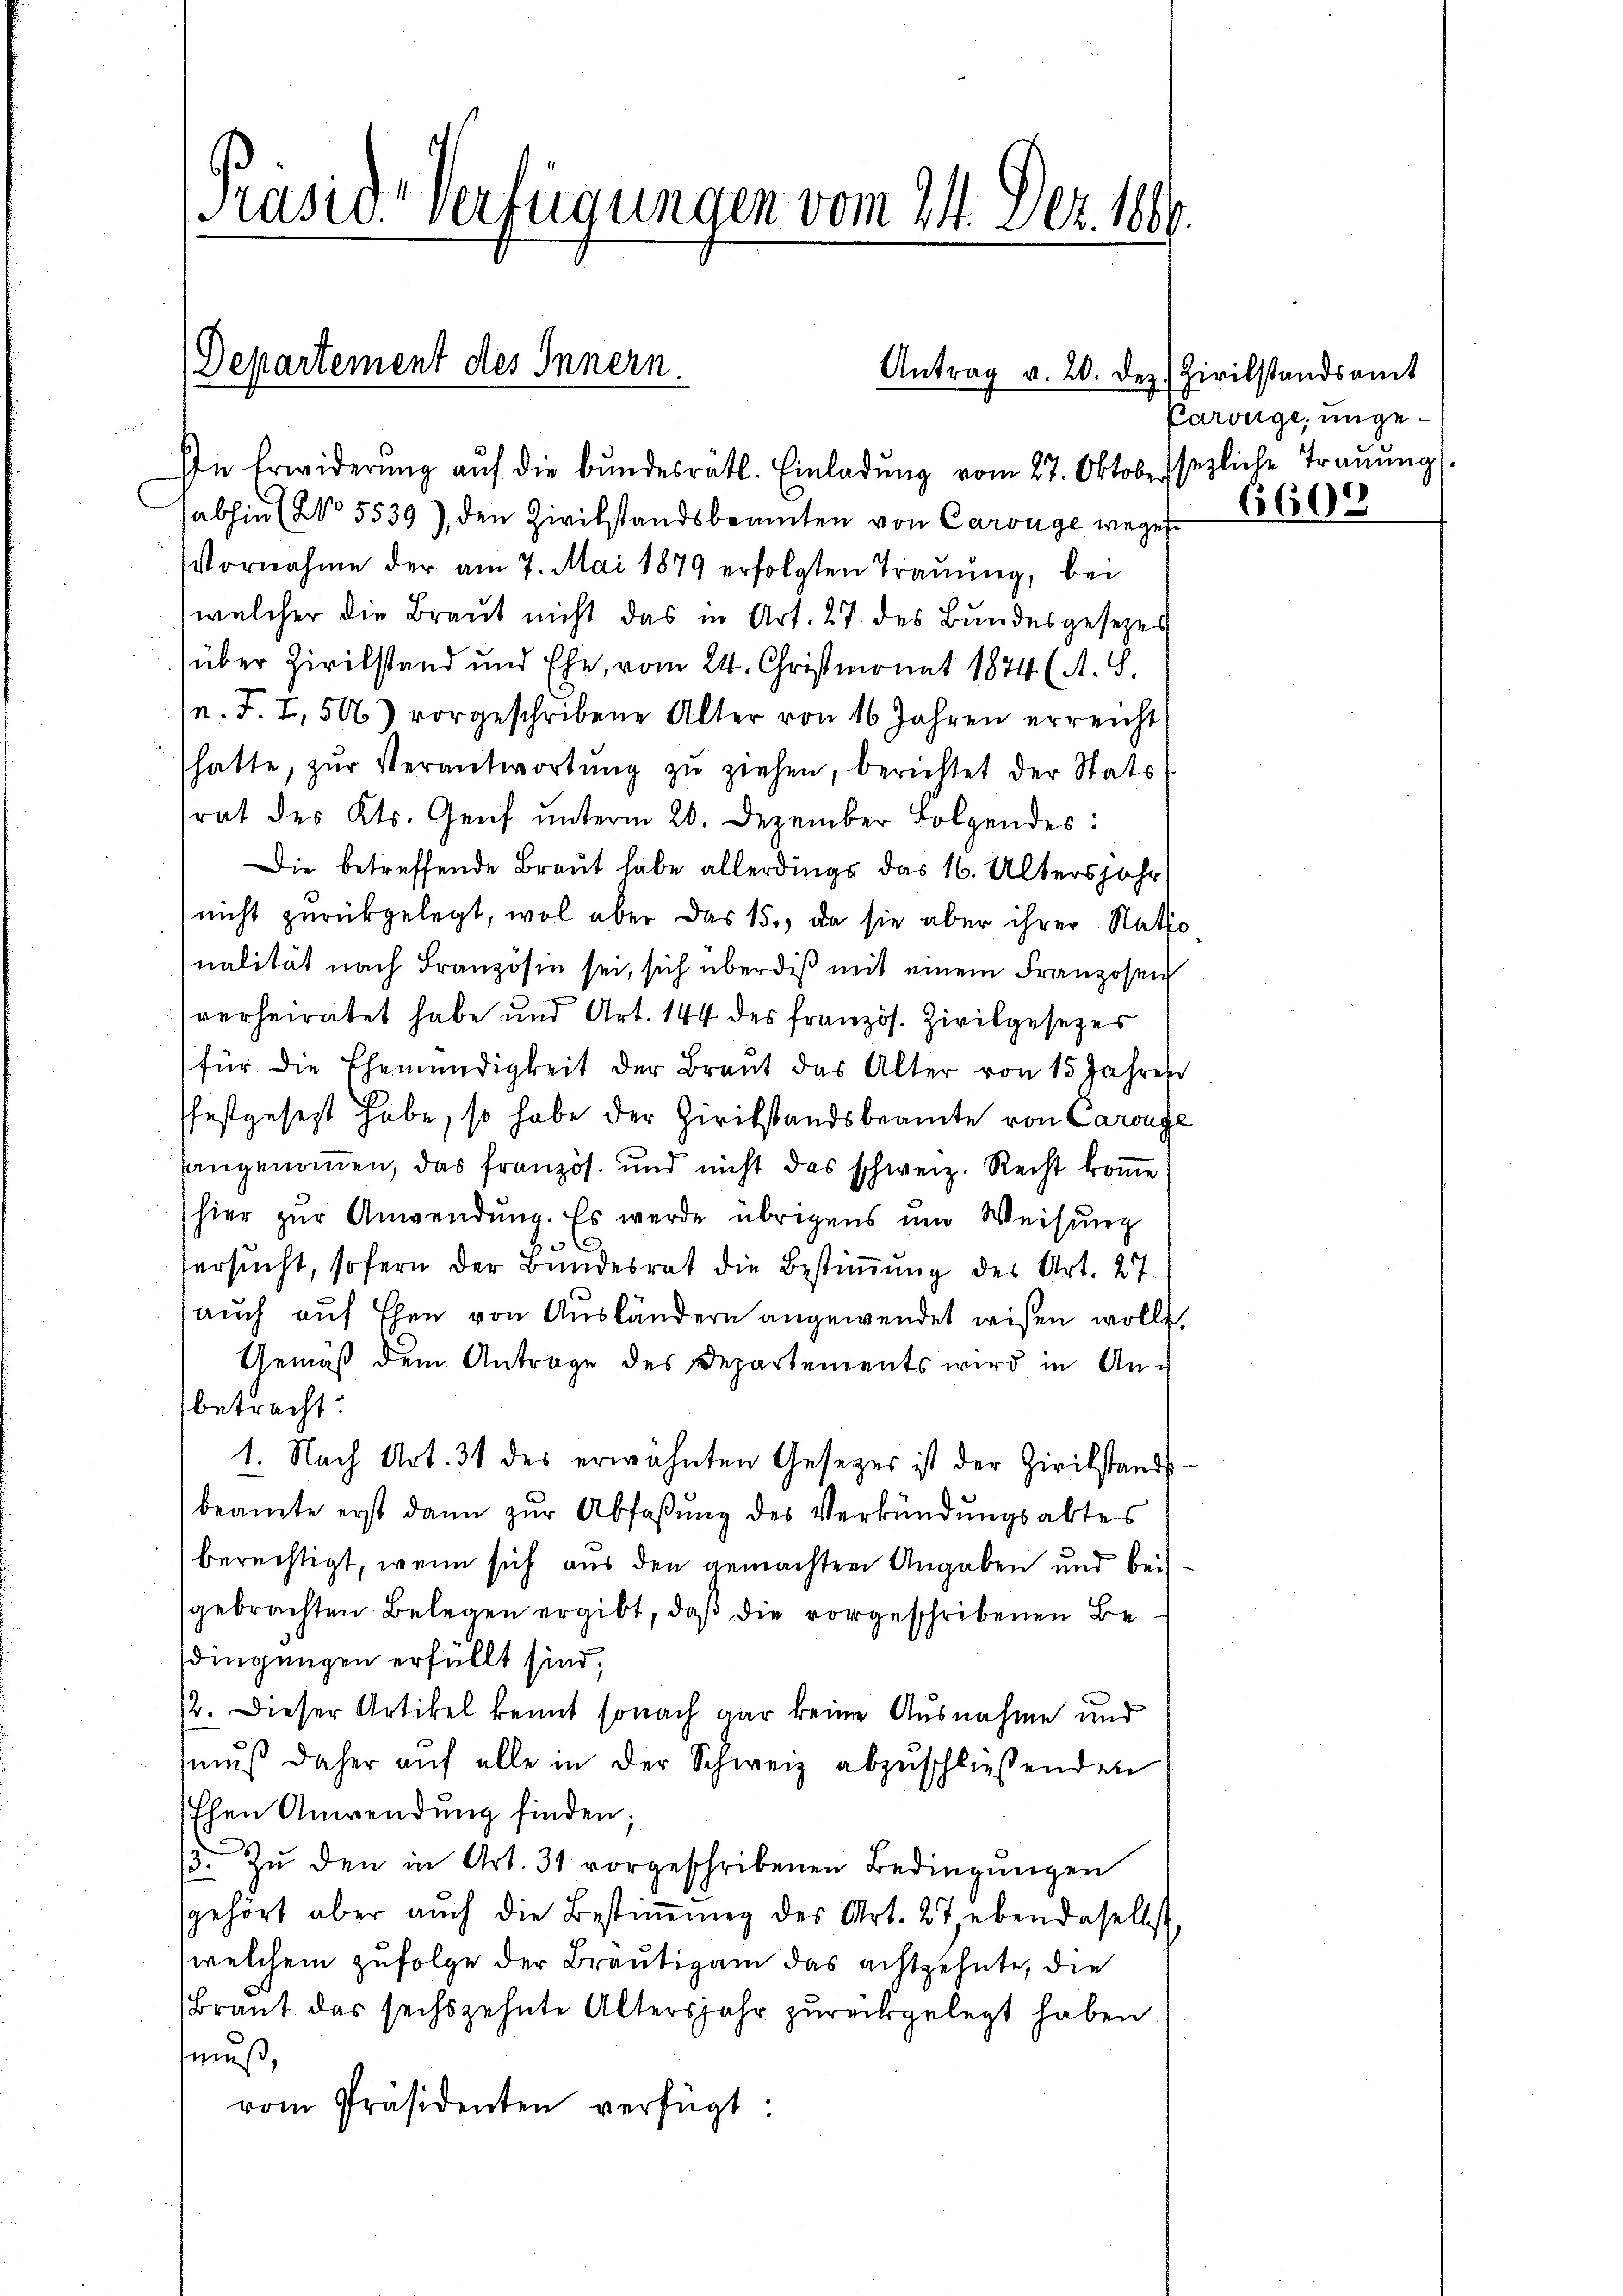
Präsid-Verfügungen vom 24. Dez. 1889.

Departement des Innern.

Antrag v. 20. Dez. Zivilstandsamt

In Erwiderŭng aŭf die bŭndesrätl. Einladŭng vom 27. Oktober sezliche Trauung
abhin (No 5539), den Zivilstandsbeamten von Carouge wegese
Vornahme der am 7. Mai 1879 erfolgten Trauung, bei
welcher die Braut nicht das in Art. 27 des Bŭndesgesezes
über Zivilstand und Ehe, vom 24. Christmonat 1874 (A. S.
n. F. I, 50) vorgeschribene Alter von 16 Jahren erreicht
hatte, zŭr Verantwortŭng zŭ ziehen, berichtet der Stats
rat des Kts. Genf unterm 20. Dezember Folgendes:
Die betreffende Braut habe allerdings das 16. Altersjahr
nicht zurückgelegt, wol aber das 15., da sie aber ihrer Natio
nalität nach Französin sei, sich über dis mit einem Franzosen
verheiratet habe und Art. 144 des französ. Zivilgesetzes
für die Ehemündigkeit der Braut das Alter von 15 Jahres
festgesetzt habe, so habe der Zivilstandsbeamte von Carouge
hangenommen, das französ. und nicht des schweiz. Recht kome
hier zur Anwendung. Es werde übrigens um Weisung
Versucht, sofern der Bundesrat die Bestimmung des Art. 27
auch auf Ehen von Ausländern angewendet wisen wolle.
Gemäß dem Antrage des Departements wird in Anbetracht.
1. Nach Art. 31 des erwähnten Gesezes ist der Zivilstands-
beamte erst dann zŭr Abfaßung des Verkündungsabtes
berechtigt, wenn sich aus den gemachten Angaben und beigebrachten Belegen ergibt, daß die vorgeschribenen Bedingungen erfüllt sind,
12. Dieser Artikel kennt sonach gar keine Ausnahme und
muß daher auf alle in der Schweiz abzuschließenden
Ehen Anwendung finden;
3 Zŭ den in Art. 31 vorgeschribenen Bedingŭngen
gehört aber aŭch die Bestiṁŭng des Art. 27, ebendaselbst.
welchem zufolge der Bräutigam das achtzehnte, die
Braut das sechszehnte Altersjahr zurückgelegt haben
muß,
vom Präsidenten verfügt:

Parbige, unge¬

6600